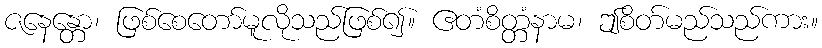
ဇနေန္တော၊ ဖြစ်စေတော်မူလိုသည်ဖြစ်၍။ ဧတံစိတ္တံနာမ၊ ဤစိတ်မည်သည်ကား။